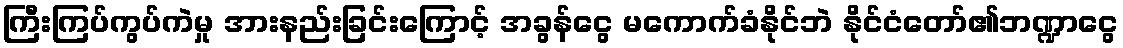
ကြီးကြပ်ကွပ်ကဲမှု အားနည်းခြင်းကြောင့် အခွန်ငွေ မကောက်ခံနိုင်ဘဲ နိုင်ငံတော်၏ဘဏ္ဍာငွေ